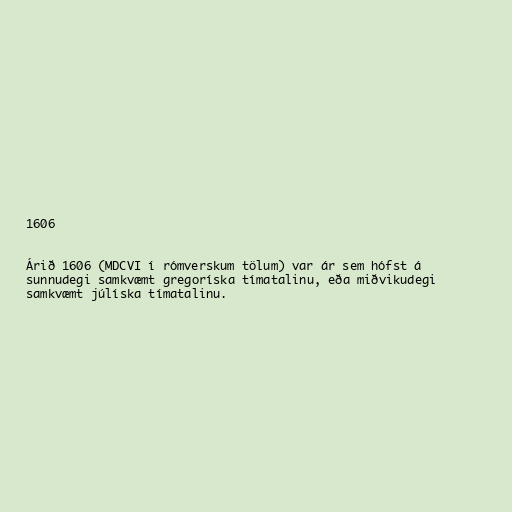
1606

Árið 1606 (MDCVI í rómverskum tölum) var ár sem hófst á
sunnudegi samkvæmt gregoríska tímatalinu, eða miðvikudegi
samkvæmt júlíska tímatalinu.